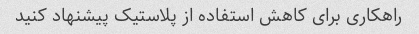
راهکاری برای کاهش استفاده از پلاستیک پیشنهاد کنید